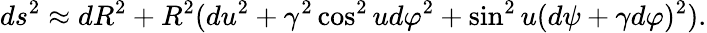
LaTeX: ds^{2}\approx dR^{2}+R^{2}(du^{2}+\gamma^{2}\cos^{2}ud\varphi^{2}+\sin^{2}u(d\psi+\gamma d\varphi)^{2}).